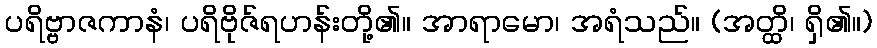
ပရိဗ္ဗာဇကာနံ၊ ပရိဗိုဇ်ရဟန်းတို့၏။ အာရာမော၊ အရံသည်။ (အတ္ထိ၊ ရှိ၏။)